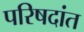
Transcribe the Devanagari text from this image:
परिषदांत